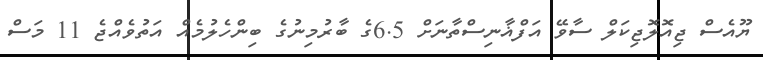
ޔޫއެސް ޖިއޮލޮޖިކަލް ސާވޭ އަފްޣާނިސްތާނަށް 6.5ގެ ބާރުމިނުގެ ބިންހެލުމެއް އަތުވެއްޖެ 11 މަސް